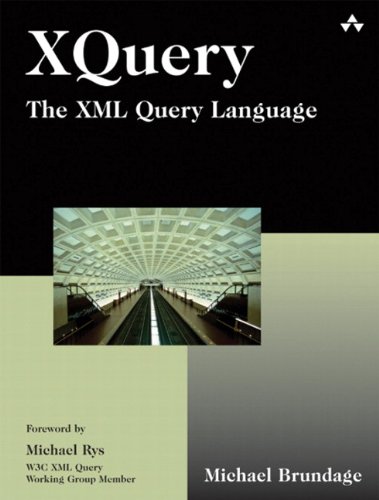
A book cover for XQuery: The XML Query Language; Michael Brundage; Computers & Technology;